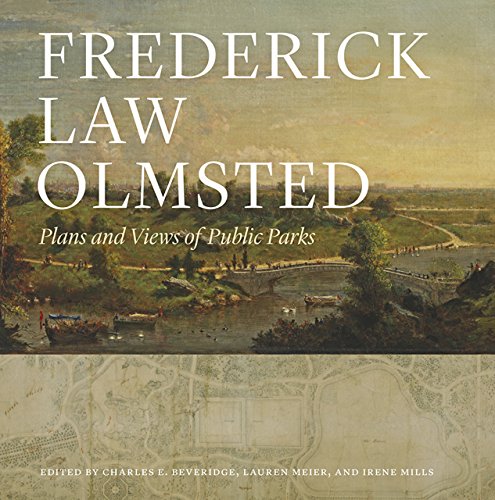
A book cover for Frederick Law Olmsted: Plans and Views of Public Parks (The Papers of Frederick Law Olmsted); Frederick Law Olmsted; Arts & Photography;